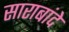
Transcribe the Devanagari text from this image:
साराबांदे